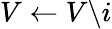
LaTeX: V\leftarrow V\backslash i